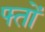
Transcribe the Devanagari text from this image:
फ्तों